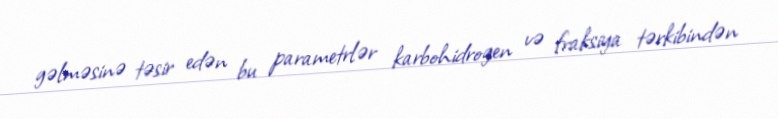
gəlməsinə təsir edən bu parametrlər karbohidrogen və fraksiya tərkibindən